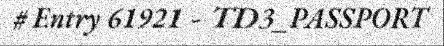
# Entry 61921 - TD3_PASSPORT